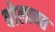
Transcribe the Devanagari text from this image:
बोलावत